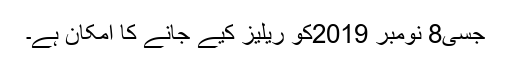
جسی8 نومبر 2019کو ریلیز کیے جانے کا امکان ہے۔